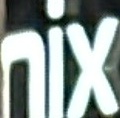
NIX